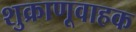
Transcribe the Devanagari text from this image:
शुक्राणूवाहक